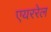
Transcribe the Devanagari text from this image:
एयररेल